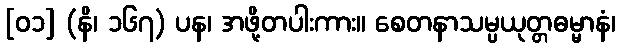
[၀၁] (နိ၊ ၁၆၇) ပန၊ အဖို့တပါးကား။ စေတနာသမ္ပယုတ္တဓမ္မာနံ၊